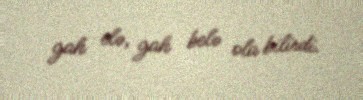
gah elə, gah belə ola bilirdi.